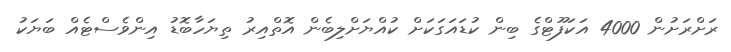
ރަށްރަށުން 4000 އަކަފޫޓްގެ ބިން ކުޑައަގަކަށް ކުއްޔަށްލިބެން އޮތްއިރު ތިޔަހާބޮޑު އިންވެސްޓެއް ބަޔަކު